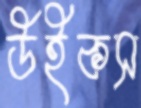
উইকস